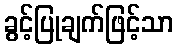
ခွင့်ပြုချက်ဖြင့်သာ